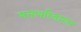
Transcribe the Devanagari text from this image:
भक्तपरिवारात